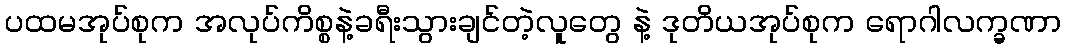
ပထမအုပ်စုက အလုပ်ကိစ္စနဲ့ခရီးသွားချင်တဲ့လူတွေ နဲ့ ဒုတိယအုပ်စုက ရောဂါလက္ခဏာ